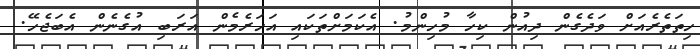
ހިތަތެރެއަށް ވަދެގެން ދިއުން ކިހާ މުހިންމު. އެކަމަށްތަކައި އަހަރެމެން އަރަބި އުގެނެން އެބަޖެހޭ.